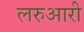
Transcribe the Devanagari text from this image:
लरुआरी